Punjab Mental Hospital Lahore 1922-31 - 1922-1931
Year: 1922
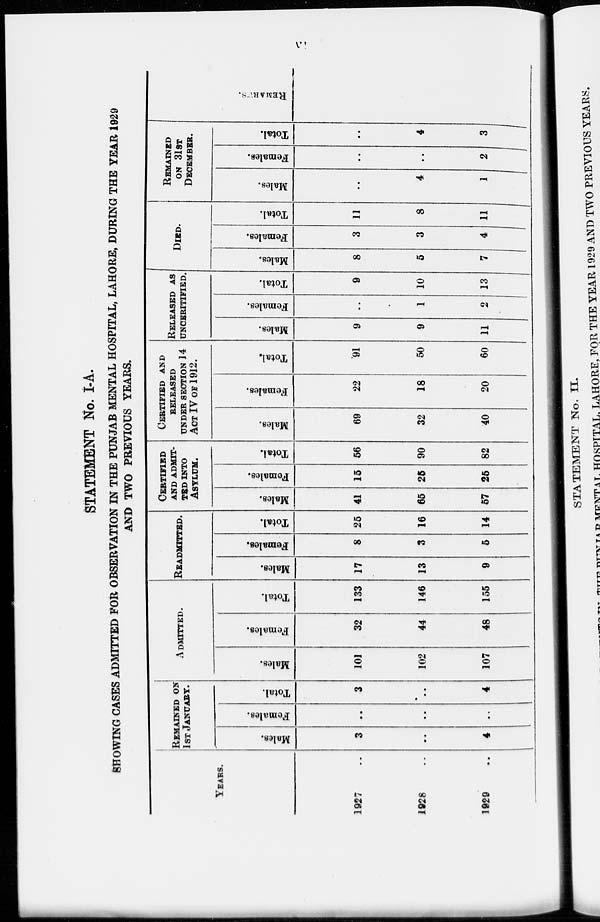
vi
STATEMENT No. I-A.
SHOWING CASES ADMITTED FOR OBSERVATION IN THE PUNJAB MENTAL HOSPITAL, LAHORE, DURING THE YEAR 1929
AND TWO PREVIOUS YEARS.
YEARS.
1927 ..
1928 ..
1929 ..
REMAINED OF
1ST JANUARY.
Males.
3
..
4
Females.
..
..
..
Total.
3
..
4
ADMITTED.
Males.
101
102
107
Females.
32
44
48
Total.
133
146
155
READMITTED.
Males.
17
13
9
Females.
8
3
5
Total.
25
16
14
CERTIFIED
AND ADMIT-
TED INTO
ASYLUM.
Males.
41
65
57
Females.
15
25
25
Total.
56
90
82
CERTIFIED AND
RELEASED
UNDER SECTION 14
ACT IV OF 1912.
Males.
69
32
40
Females.
22
18
20
Total.
91
50
60
RELEASED AS
UNCERITIFIED.
Males.
9
9
11
Females.
..
1
2
Total.
9
10
13
DIED.
Males.
8
5
7
Females.
3
3
4
Total.
11
8
11
REMAINED
ON 31ST
DECEMBER.
Males.
..
4
1
Females.
..
..
2
Total.
..
4
3
REMARKS.